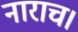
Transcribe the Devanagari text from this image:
नाराच।